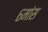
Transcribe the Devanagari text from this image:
६मांस